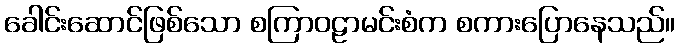
ခေါင်းဆောင်ဖြစ်သော စကြာဝဠာမင်းစံက စကားပြောနေသည်။